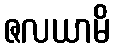
ဇလယာမိ